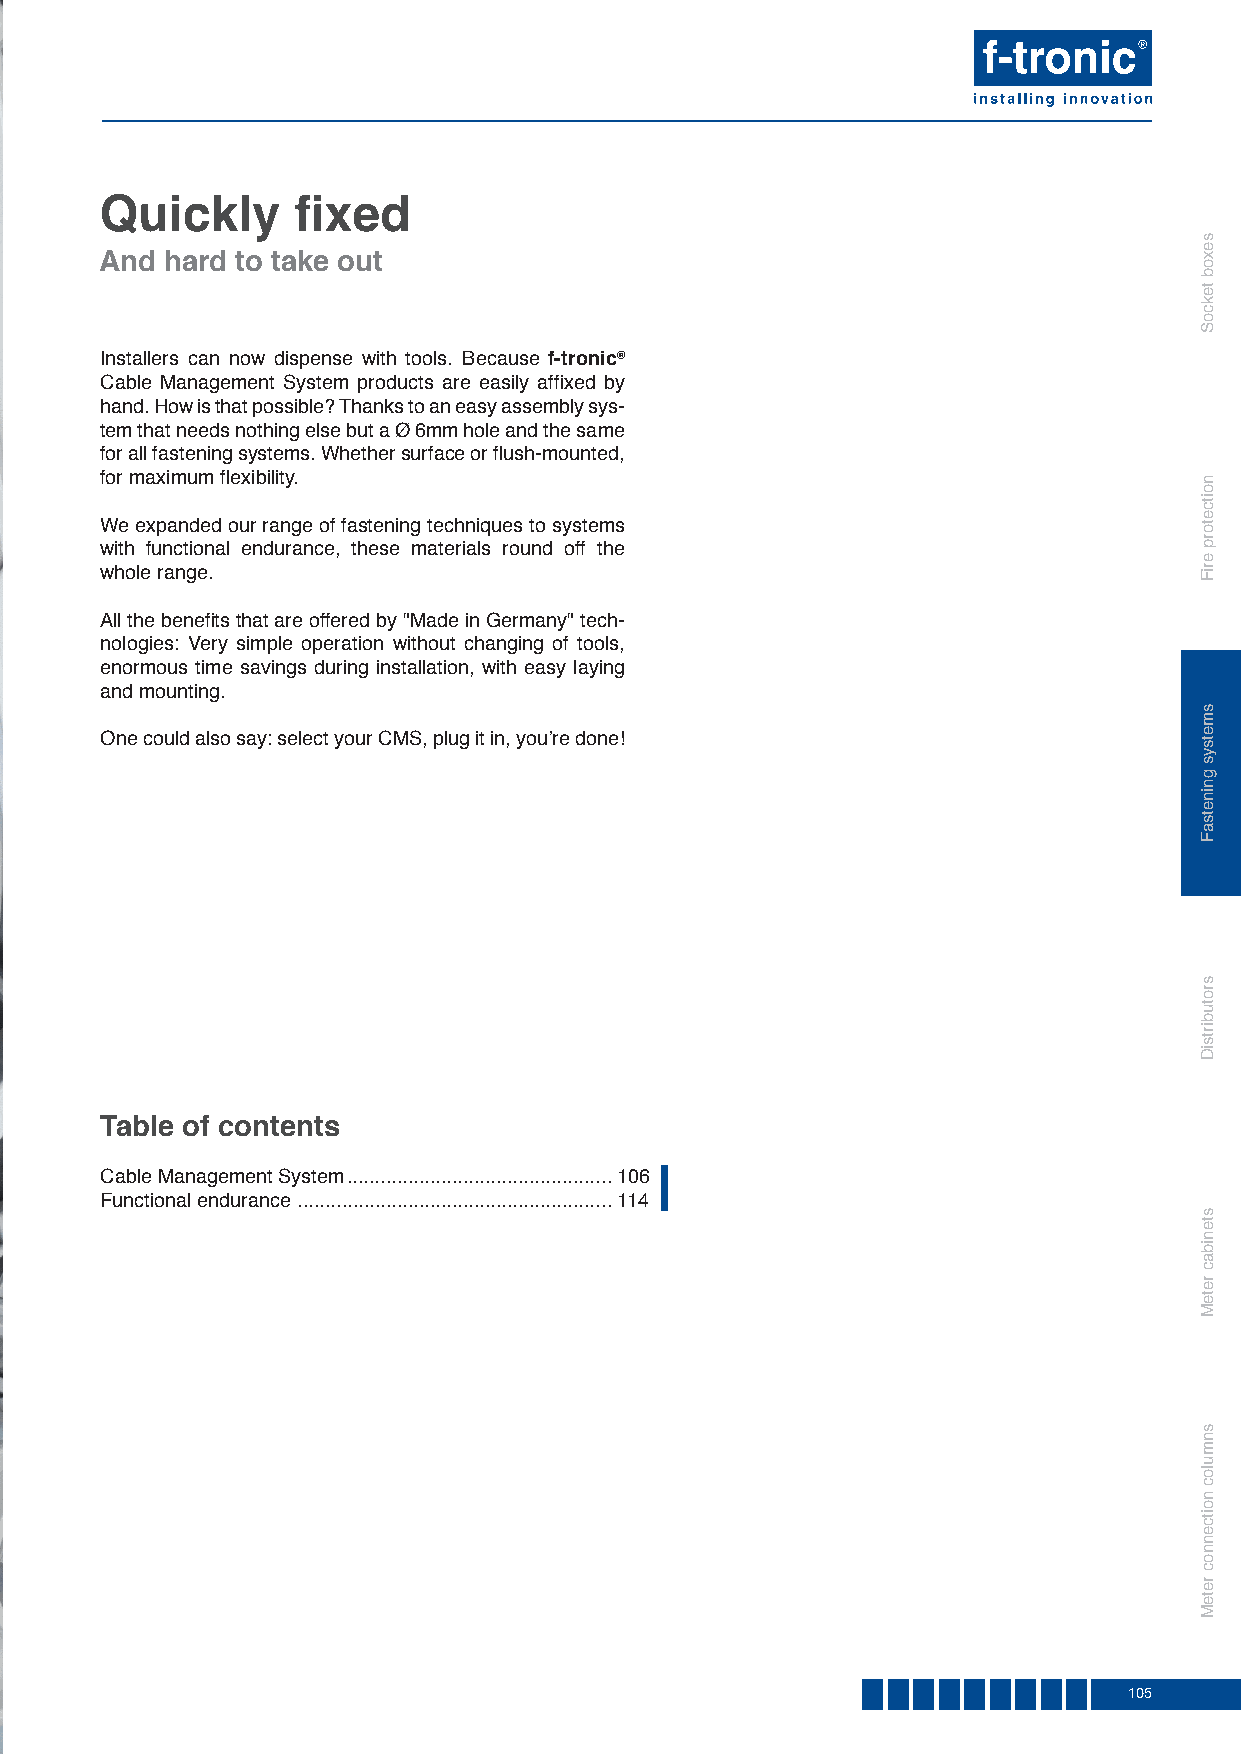
Quickly     fi xed
 And hard to take out
 Installers can now dispense with tools. Because f-tronic®
 Cable Management System products are easily affi xed by
 hand. How is that possible? Thanks to an easy assembly sys-
 tem that needs nothing else but a Ø 6mm hole and the same
 for all fastening systems. Whether surface or fl ush-mounted,
 for maximum fl exibility.
 We expanded our range of fastening techniques to systems
 with functional endurance, these materials round off the
 whole range.
 All the benefi ts that are offered by "Made in Germany" tech-
 nologies: Very simple operation without changing of tools,
 enormous time savings during installation, with easy laying
 and mounting.
 One could also say: select your CMS, plug it in, you’re done!
 Table of contents
 Cable Management System ................................................ 106
 Functional endurance ......................................................... 114
 105
 sexob
 tekcoS
 noitcetorp
 eriF
 smetsys
 gninetsaF
 srotubirtsiD
 stenibac
 reteM
 snmuloc
 noitcennoc
 reteM